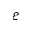
\mathcal { E }